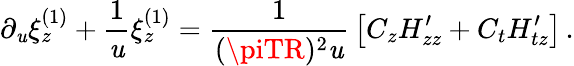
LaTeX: \partial_{\mathit{u}}\xi_{z}^{(1)}+{\frac{{1}}{{\mathit{u}}}}\xi_{z}^{(1)}={\frac{{1}}{{(\piTR)^{2}\mathit{u}}}}\left[C_{z}H_{zz}^{\prime}+C_{t}H_{tz}^{\prime}\right]\, .